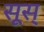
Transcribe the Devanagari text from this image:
सूस्